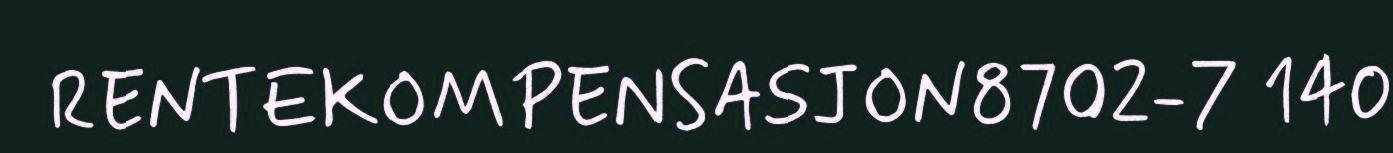
RENTEKOMPENSASJON8702-7 140